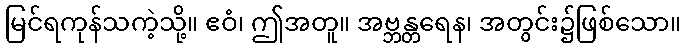
မြင်ရကုန်သကဲ့သို့။ ဧဝံ၊ ဤအတူ။ အဗ္ဘန္တရေန၊ အတွင်း၌ဖြစ်သော။